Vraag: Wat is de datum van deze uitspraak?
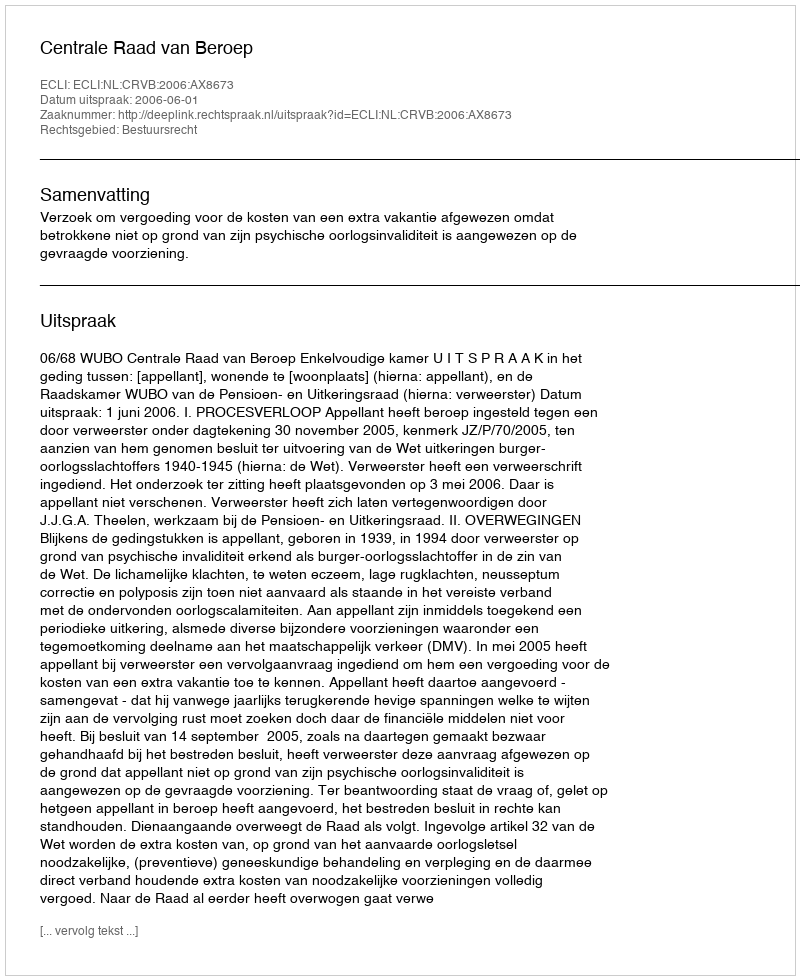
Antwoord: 2006-06-01